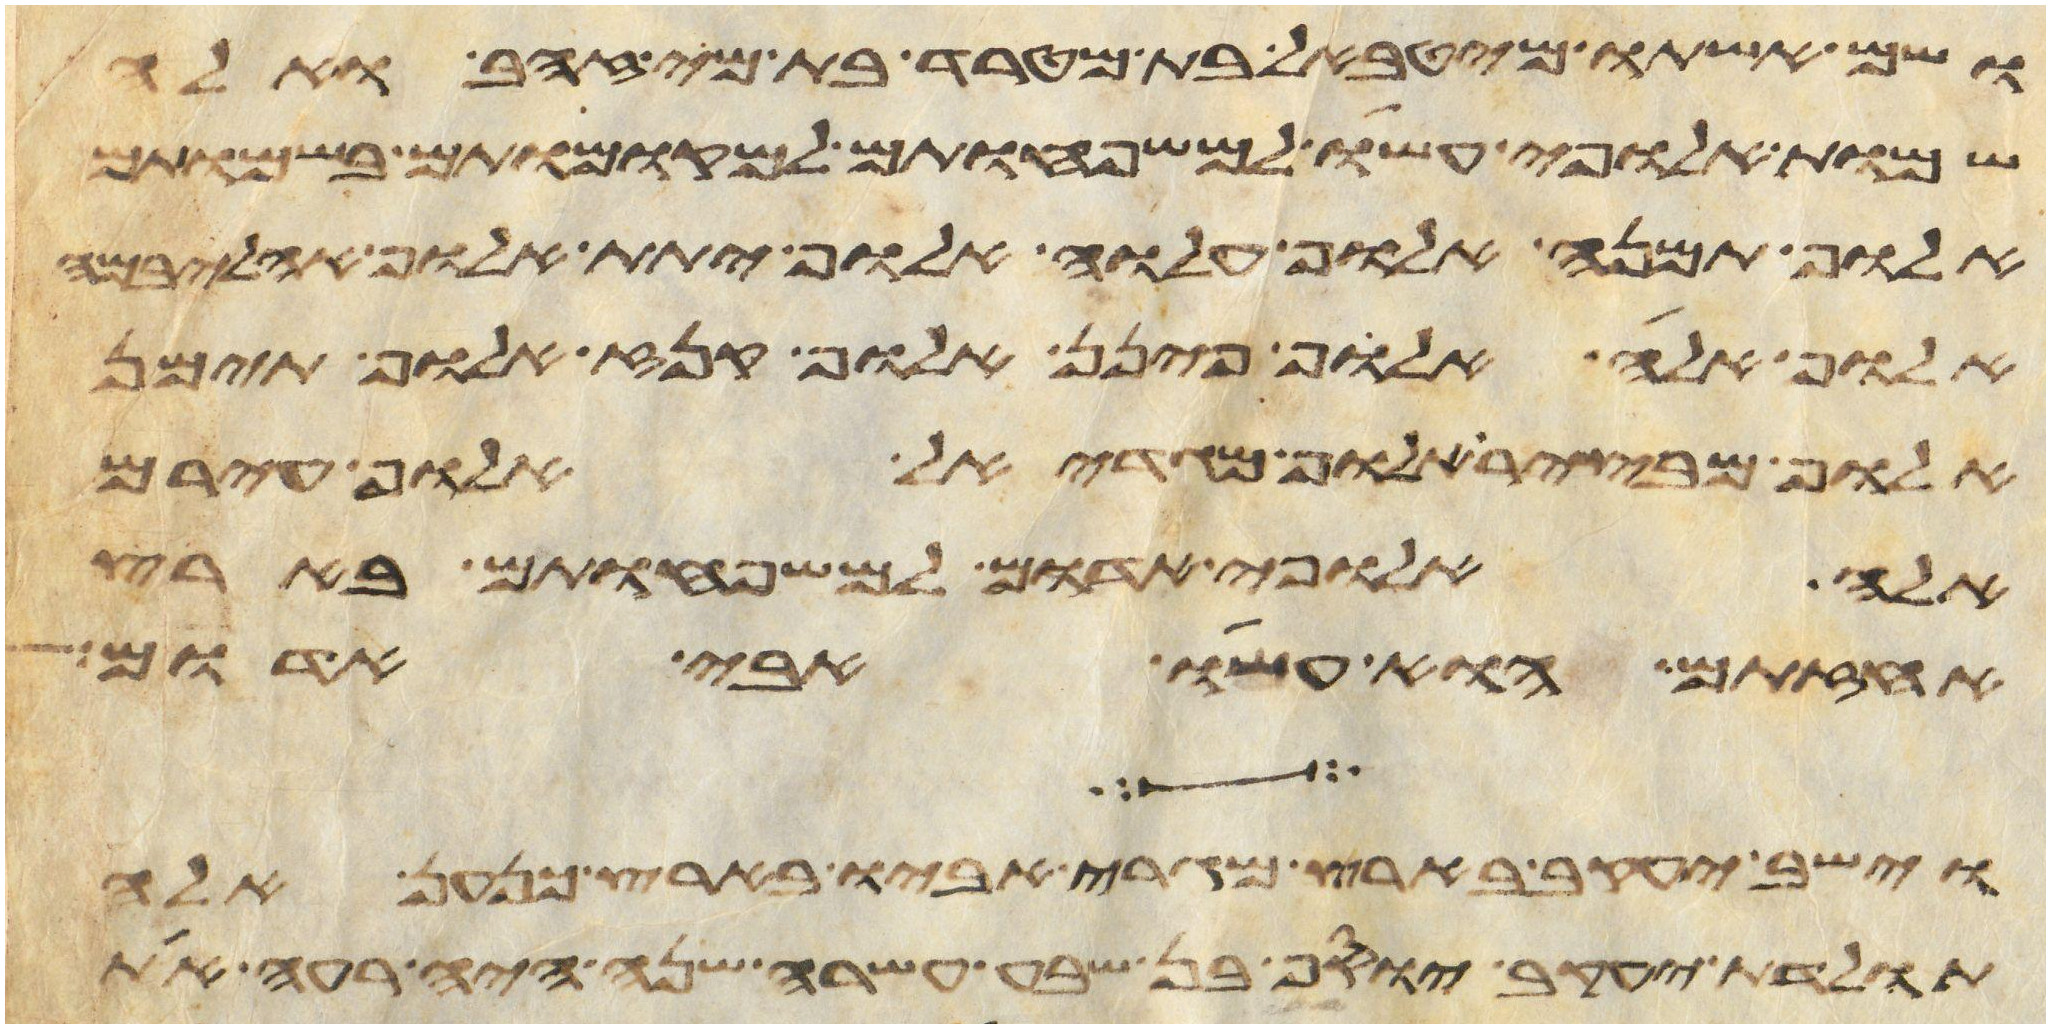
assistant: ושם אשתו מהטבאל בת מטרד בת מי זהב ואלה
שמות אלופי עשו למשפחותם למקומותם בשמותם
אלוף תמנע אלוף עלוה אלוף יתת אלוף אהליבמה
אלוף אלה אלוף פינן אלוף קנז אלוף תימן
אלוף מבצר אלוף מגדאל אלוף עירם
אלה אלופי אדום למשפחותם בארץ
אחזתם הוא עשו אבי אדום
וישב יעקב בארץ מגרי אביו בארץ כנען אלה
תולדת יעקב יוסף בן שבע עשרה שנה היה רעה את